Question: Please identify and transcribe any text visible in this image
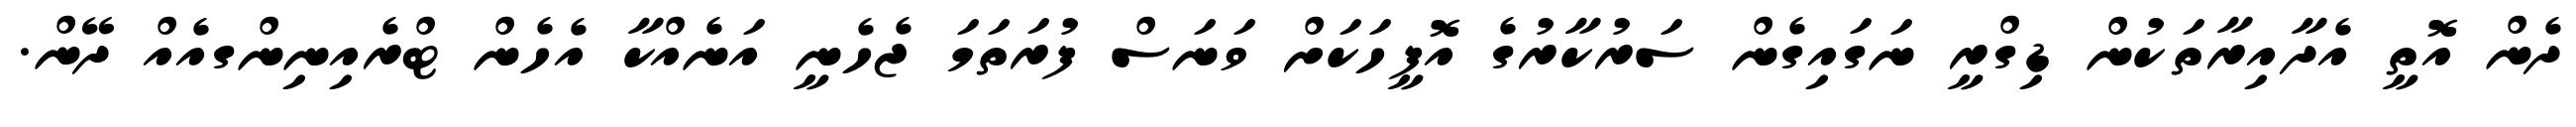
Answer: ދެން އޮތީ އެދާއިރާތަކުން ޑިގްރީ ނަގައިގެން ސަރުކާރުގެ އޮފީހަކަށް ވަނަސް ފުރަތަމަ ޖެހެނީ އަނެއްކާ އެހެން ޓްރެއިނިންގއެއް ދޭން.